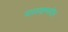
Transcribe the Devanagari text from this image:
पारदवाष्पदीप